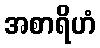
အစာရိဟံ